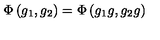
\Phi \left( g _ { 1 } , g _ { 2 } \right) = \Phi \left( g _ { 1 } g , g _ { 2 } g \right)